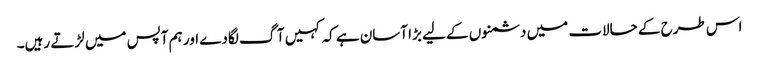
اس طرح کے حالات میں دشمنوں کے لیے بڑا آسان ہے کہ کہیں آگ لگادے اور ہم آپس میں لڑتے رہیں۔